Document type: Recognition
Year: 1437
Scribe: Pere Ponçgem
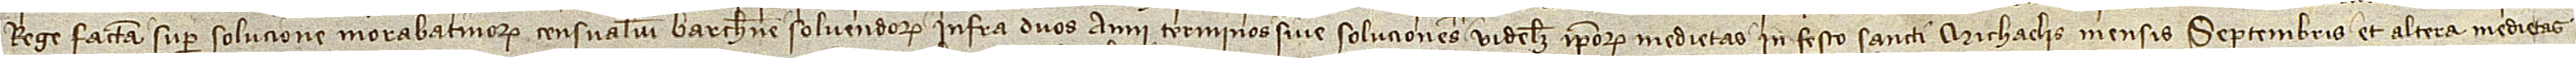
rege factam super solucione morabatinorum censualium Barchinone solvendorum, infra duos anni terminos sive soluciones videlicet ipsorum medietas in festo Sancti Michaelis mensis septembris, et altera medietas